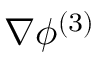
\nabla \phi ^ { ( 3 ) }